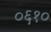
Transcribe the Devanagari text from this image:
०६१०